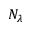
N _ { \lambda }